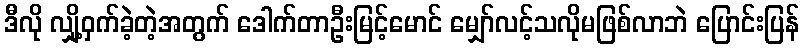
ဒီလို လျှို့ဝှက်ခဲ့တဲ့အတွက် ဒေါက်တာဦးမြင့်မောင် မျှော်လင့်သလိုမဖြစ်လာဘဲ ပြောင်းပြန်